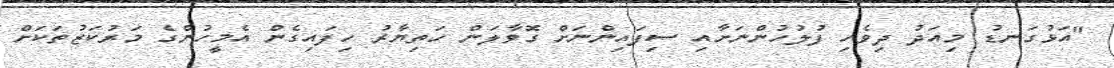
"އަޅުގަނޑު މިއަދު ދިވެހި ފުލުހުންނަށާއި ސިފައިންނަށް ގޮވާލަން ހަތިޔާރު ހިފައިގެން އެމީހުންގެ މަރުކަޒުތަކަށް